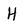
Character: H